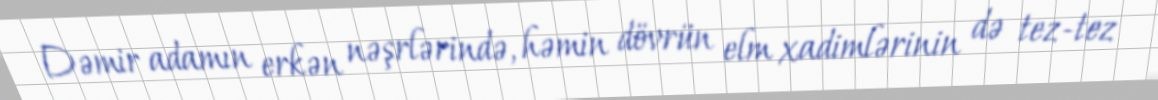
Dəmir adamın erkən nəşrlərində, həmin dövrün elm xadimlərinin də tez-tez